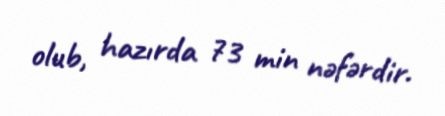
olub, hazırda 73 min nəfərdir.